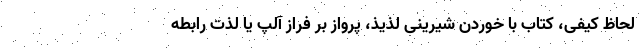
لحاظ کیفی، کتاب با خوردن شیرینی لذیذ، پرواز بر فراز آلپ یا لذت رابطه